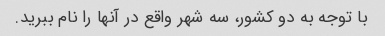
با توجه به دو کشور، سه شهر واقع در آنها را نام ببرید.